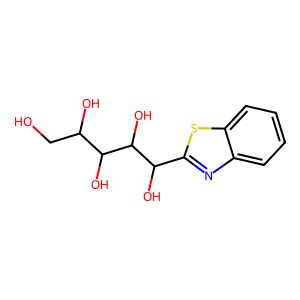
SMILES: OCC(O)C(O)C(O)C(O)c1nc2ccccc2s1
Inhibits HIV replication: No